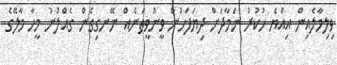
ވިލިމާލެއިން އިއްޔެ ހުކުރު ނަމާދަށް ދިޔަފަހުން ވީނުވީތަނެއް ނޭނގިގެން ގެއްލުނު މީހާ މާލޭގެ